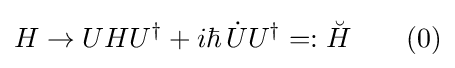
H\to UH{U^{\dagger }}+i\hbar \,{{\dot {U}}U^{\dagger }}=:{\breve {H}}\quad \quad (0)